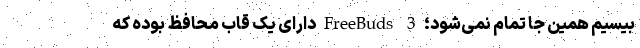
بیسیم همین جا تمام نمی‌شود؛ FreeBuds 3 دارای یک قاب محافظ بوده که